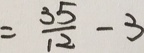
= \frac { 3 5 } { 1 2 } - 3